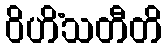
ဝိဟိံသတီတိ